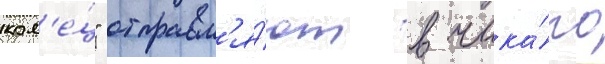
кол'е́ц" отправл'я́ют в чика́го